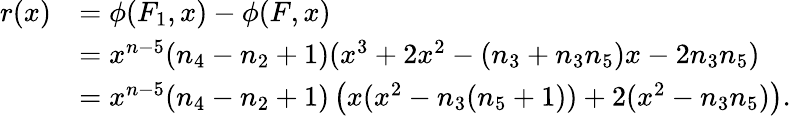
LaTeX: \begin{array}{rl}{r(x)}&{=\phi(F_{1},x)-\phi(F,x)}\\ &{=x^{n-5}(n_{4}-n_{2}+1)(x^{3}+2x^{2}-(n_{3}+n_{3}n_{5})x-2n_{3}n_{5})}\\ &{=x^{n-5}(n_{4}-n_{2}+1)\left(x(x^{2}-n_{3}(n_{5}+1))+2(x^{2}-n_{3}n_{5})\right).}\end{array}